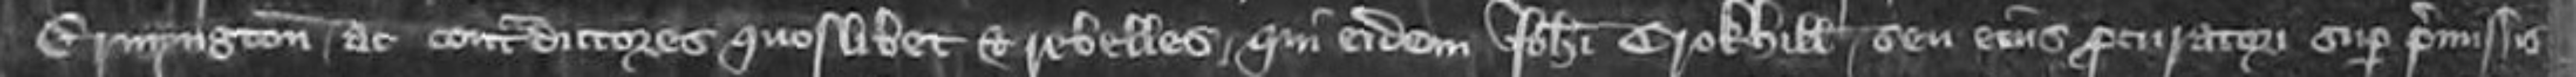
Ermyngton ac contradictores quoslibet et rebelles qui eidem Johanni Crokhill seu eius procuratori super permissis